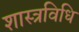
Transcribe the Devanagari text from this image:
शास्त्रविधि